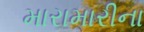
મારામારીના